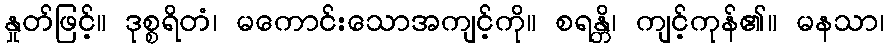
နှုတ်ဖြင့်။ ဒုစ္စရိတံ၊ မကောင်းသောအကျင့်ကို။ စရန္တိ၊ ကျင့်ကုန်၏။ မနသာ၊